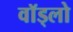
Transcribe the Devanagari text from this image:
वॉड्लो